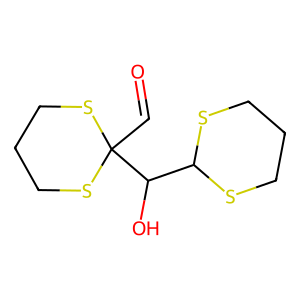
SMILES: O=CC1(C(O)C2SCCCS2)SCCCS1
Inhibits HIV replication: No